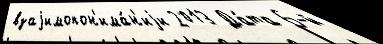
взаjимопон'има́н'иjи 2013 Да́та 6-й